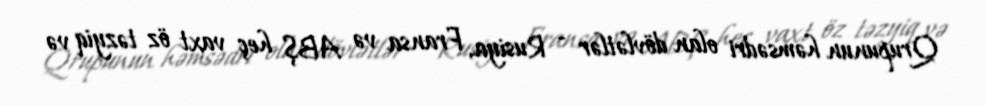
Qrupunun həmsədri olan dövlətlər - Rusiya, Fransa və ABŞ heç vaxt öz təzyiq və